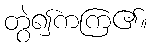
တွဲ၍ကကြ၏။